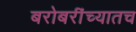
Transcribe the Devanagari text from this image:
बरोबरींच्यातच